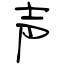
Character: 声